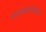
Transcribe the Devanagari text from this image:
नाट्यकलावंतांला